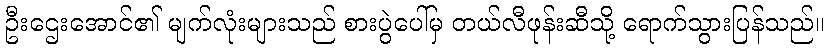
ဦးဌေးအောင်၏ မျက်လုံးများသည် စားပွဲပေါ်မှ တယ်လီဖုန်းဆီသို့ ရောက်သွားပြန်သည်။